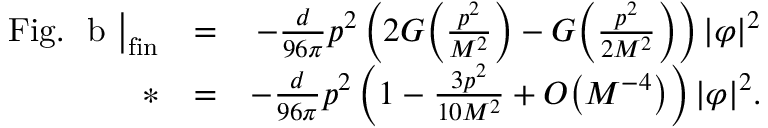
\begin{array} { r l r } { \mathrm { F i g . ~ ~ b ~ } \big | _ { \mathrm { f i n } } } & { = } & { - \frac d { 9 6 \pi } p ^ { 2 } \left( 2 G \Big ( \frac { p ^ { 2 } } { M ^ { 2 } } \Big ) - G \Big ( \frac { p ^ { 2 } } { 2 M ^ { 2 } } \Big ) \right) | \varphi | ^ { 2 } } \\ { * } & { = } & { - \frac { d } { 9 6 \pi } p ^ { 2 } \left( 1 - \frac { 3 p ^ { 2 } } { 1 0 M ^ { 2 } } + { \cal O } \big ( M ^ { - 4 } \big ) \right) | \varphi | ^ { 2 } . } \end{array}